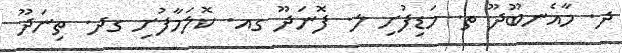
ދ. މާއެނބޫދޫ ތ. މަޑިފުށި ލ. ފޮނަދޫ ގއ. ކޮލަމާފުށި ގދ. ތިނަދޫ